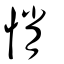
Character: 悄